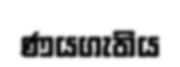
ණයගැතිය